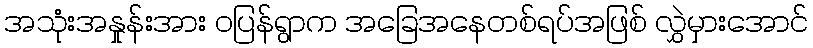
အသုံးအနှုန်းအား ဝပြန်ရွာက အခြေအနေတစ်ရပ်အဖြစ် လွှဲမှားအောင်